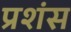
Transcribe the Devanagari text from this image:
प्रशंस